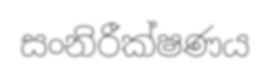
සංනිරීක්ෂණය